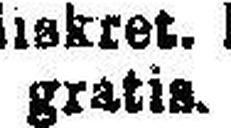
gratis.